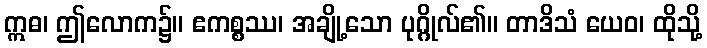
ဣဓ၊ ဤလောက၌။ ဧကစ္စဿ၊ အချို့သော ပုဂ္ဂိုလ်၏။ တာဒိသံ ယေဝ၊ ထိုသို့